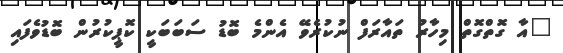
"އާ ގޮތްގޮތް މިހާރު ތައާރަފް ނުކުރެވޭ އެންމެ ބޮޑު ސަބަބަކީ ކޮޕީކުރުން ބޮޑުވެފައި